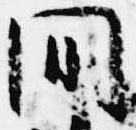
間